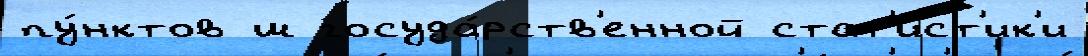
пу́нктов ш госуда́рств'енной стат'и́ст'ик'и